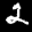
Label: 2